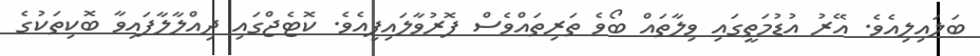
ބަލައިލިއެވެ. އޭރު އުޑުމަތީގައި ވިލާތައް ބޯވެ ތަރިތައްވެސް ފޮރުވާލައިފިއެވެ. ކޮޓެޖްގައި ދިއްލާލާފައިވާ ބޮކިތަކުގެ